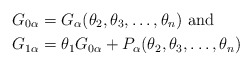
\begin{align*}G_{0\alpha} &= G_\alpha(\theta_2, \theta_3, \ldots, \theta_n) \hbox{ and }\\G_{1\alpha} &= \theta_1 G_{0\alpha} + P_{\alpha}(\theta_2, \theta_3, \ldots, \theta_n) \end{align*}